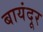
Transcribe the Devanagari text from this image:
बायंदूर